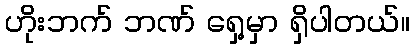
ဟိုးဘက် ဘဏ် ရှေ့မှာ ရှိပါတယ်။